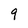
Character: 9